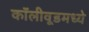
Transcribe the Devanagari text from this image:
कॉलीवूडमध्ये